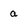
Character: a